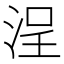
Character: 浧